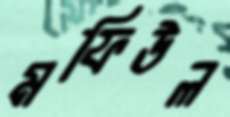
মফিউল